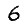
Digit: 6